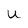
Character: U